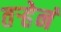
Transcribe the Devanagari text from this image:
तर्‍हेनं